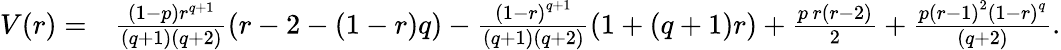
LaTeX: \begin{array}{rl}{V(r)=}&{\frac{\left(1-p\right)r^{q+1}}{\left(q+1\right)\left(q+2\right)}\left(r-2-\left(1-r\right)q\right)-\frac{\left(1-r\right)^{q+1}}{\left(q+1\right)\left(q+2\right)}\left(1+\left(q+1\right)r\right)+\frac{p\, r\left(r-2\right)}{2}+\frac{p\left(r-1\right)^{2}\left(1-r\right)^{q}}{\left(q+2\right)}.}\end{array}